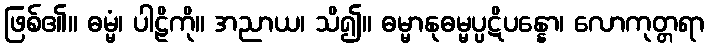
ဖြစ်၏။ ဓမ္မံ၊ ပါဠိကို။ အညာယ၊ သိ၍။ ဓမ္မာနုဓမ္မပ္ပဋိပန္နော၊ လောကုတ္တရာ